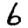
Digit: 6